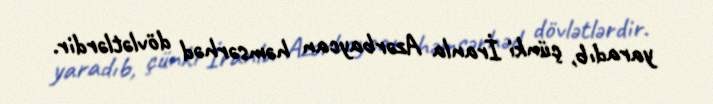
yaradıb, çünki İranla Azərbaycan həmsərhəd dövlətlərdir.